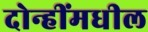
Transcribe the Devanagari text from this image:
दोन्हींमधील